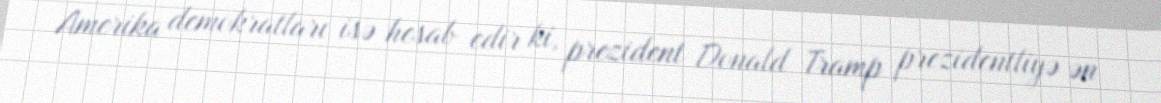
Amerika demokratları isə hesab edir ki, prezident Donald Tramp prezidentliyə ən